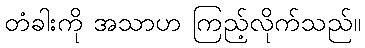
တံခါးကို အသာဟ ကြည့်လိုက်သည်။